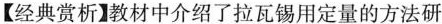
【经典赏析】教材中介绍了拉瓦锡用定量的方法研